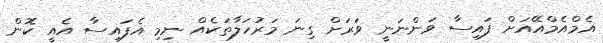
އެމްއެމްއޭއަށް ފައިސާ ވަންނަނީ ވަރަށް ގިނަ މަރުހަލާތަކެއް ނިމި އެފައިސާ އެއީ ކޮން